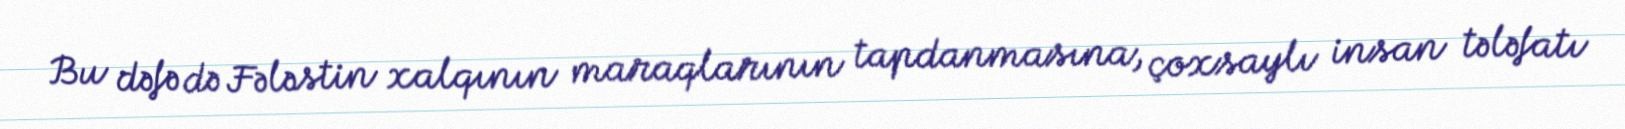
Bu dəfə də Fələstin xalqının maraqlarının tapdanmasına, çoxsaylı insan tələfatı